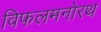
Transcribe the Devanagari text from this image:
विफलमनोरथ